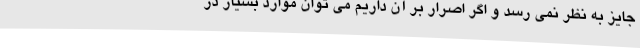
جایز به نظر نمی رسد و اگر اصرار بر آن داریم می توان موارد بسیار در